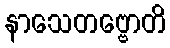
နာသေတဗ္ဗောတိ